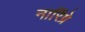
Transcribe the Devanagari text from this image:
नारिंग्रे